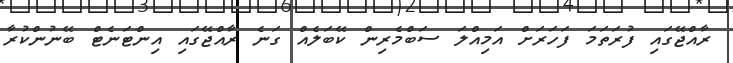
ރާއްޖޭގައި ފުރަތަމަ ފަހަރަށް އަމިއްލަ ސަބްމެރިން ކޭބަލެއް ގަނެ ރާއްޖޭގައި އިންޓަނެޓް ބޭނުންކުރާ